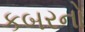
કબરનો